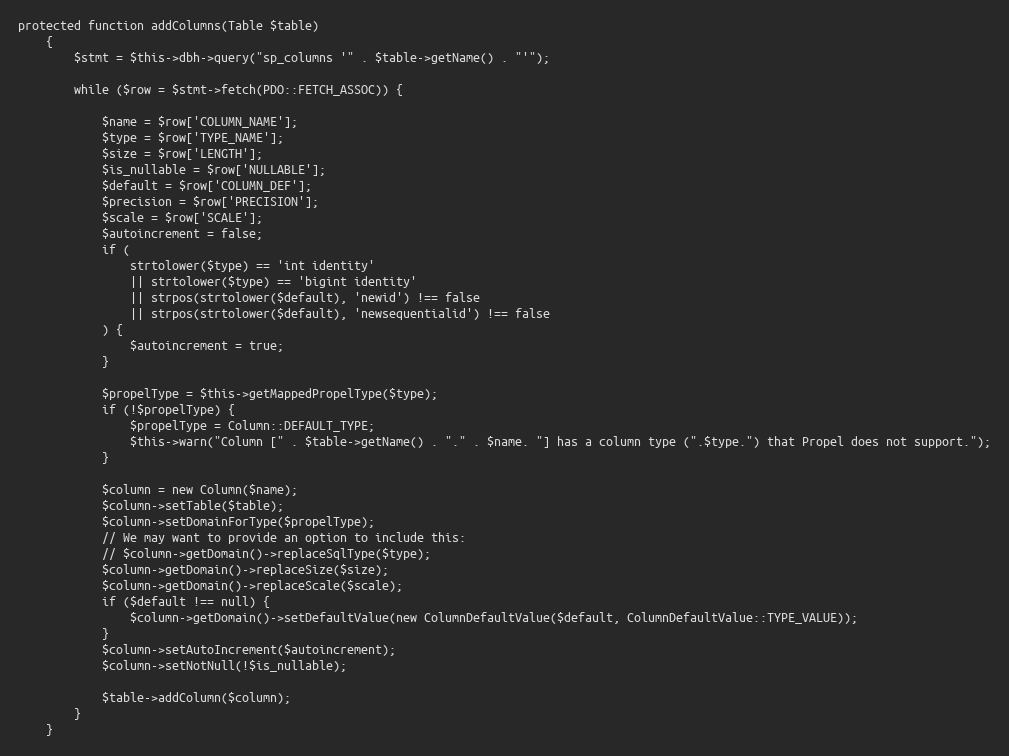
Language: PHP
protected function addColumns(Table $table)
	{
		$stmt = $this->dbh->query("sp_columns '" . $table->getName() . "'");

		while ($row = $stmt->fetch(PDO::FETCH_ASSOC)) {

			$name = $row['COLUMN_NAME'];
			$type = $row['TYPE_NAME'];
			$size = $row['LENGTH'];
			$is_nullable = $row['NULLABLE'];
			$default = $row['COLUMN_DEF'];
			$precision = $row['PRECISION'];
			$scale = $row['SCALE'];
			$autoincrement = false;
			if (
				strtolower($type) == 'int identity'
				|| strtolower($type) == 'bigint identity'
				|| strpos(strtolower($default), 'newid') !== false
				|| strpos(strtolower($default), 'newsequentialid') !== false
			) {
				$autoincrement = true;
			}

			$propelType = $this->getMappedPropelType($type);
			if (!$propelType) {
				$propelType = Column::DEFAULT_TYPE;
				$this->warn("Column [" . $table->getName() . "." . $name. "] has a column type (".$type.") that Propel does not support.");
			}

			$column = new Column($name);
			$column->setTable($table);
			$column->setDomainForType($propelType);
			// We may want to provide an option to include this:
			// $column->getDomain()->replaceSqlType($type);
			$column->getDomain()->replaceSize($size);
			$column->getDomain()->replaceScale($scale);
			if ($default !== null) {
				$column->getDomain()->setDefaultValue(new ColumnDefaultValue($default, ColumnDefaultValue::TYPE_VALUE));
			}
			$column->setAutoIncrement($autoincrement);
			$column->setNotNull(!$is_nullable);

			$table->addColumn($column);
		}
	}